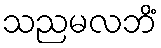
သညမလဘိံ